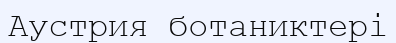
Аустрия ботаниктері